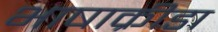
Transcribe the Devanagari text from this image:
भाषाक्रीडा